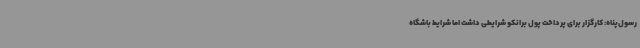
رسول‌پناه: کارگزار برای پرداخت پول برانکو شرایطی داشت اما شرایط باشگاه